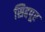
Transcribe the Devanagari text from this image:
सिद्दपूर